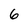
Character: 6